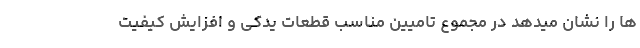
ها را نشان میدهد در مجموع تامیین مناسب قطعات یدکی و افزایش کیفیت